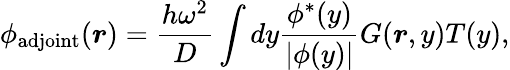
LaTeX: \phi_{\mathrm{adjoint}}(\boldsymbol{r})=\frac{h\omega^{2}}{D}\int dy\frac{\phi^{*}(y)}{|\phi(y)|}G(\boldsymbol{r},y)T(y),